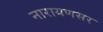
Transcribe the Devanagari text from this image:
नारायणसर